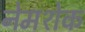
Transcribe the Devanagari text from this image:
नेमशेक